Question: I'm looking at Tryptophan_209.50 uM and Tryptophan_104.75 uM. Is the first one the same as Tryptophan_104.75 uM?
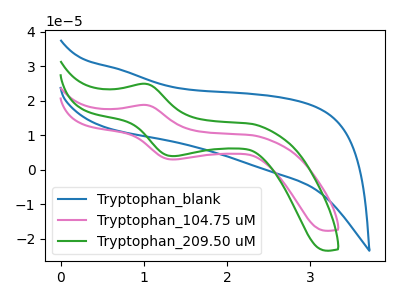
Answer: <think>The blue curve "Tryptophan_blank" has no peaks. The pink curve "Tryptophan_104.75 uM" has an anodic peak at (1.00V, 18.75uA) and a cathodic peak at (1.35V, 3.00uA). The green curve "Tryptophan_209.50 uM" has an anodic peak at (1.00V, 24.90uA) and a cathodic peak at (1.35V, 3.95uA).
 All the peaks in "Tryptophan_209.50 uM" have a peak in "Tryptophan_104.75 uM" at the same potential.</think>
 <answer>"Tryptophan_209.50 uM" and "Tryptophan_104.75 uM" are similar in shape.</answer>
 <eval>same_shape</eval>